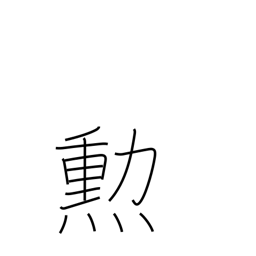
Meaning: merit